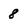
Character: 8